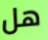
هل